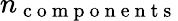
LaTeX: n_{\mathrm{~c~o~m~p~o~n~e~n~t~s~}}